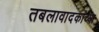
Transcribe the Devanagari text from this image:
तबलावादकांच्या